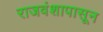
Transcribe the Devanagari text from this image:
राजवंशापासून